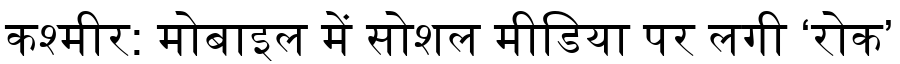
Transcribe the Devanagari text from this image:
कश्मीर: मोबाइल में सोशल मीडिया पर लगी ‘रोक’